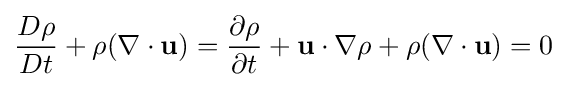
{\frac {D\rho }{Dt}}+\rho (\nabla \cdot \mathbf {u} )={\frac {\partial \rho }{\partial t}}+\mathbf {u} \cdot \nabla \rho +\rho (\nabla \cdot \mathbf {u} )=0